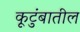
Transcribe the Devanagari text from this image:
कूटुंबातील